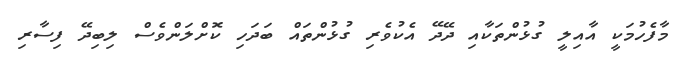
މާފެހުމަކީ އާއިލީ ގުޅުންތަކާއި ދޭދޭ އެކުވެރި ގުޅުންތައް ބަދަހި ކޮށްލަންވެސް ލިބިދޭ ފިސާރި